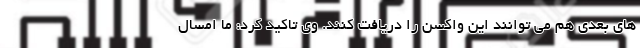
های بعدی هم می توانند این واکسن را دریافت کنند. وی تاکید کرد: ما امسال